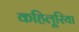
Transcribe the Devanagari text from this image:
कहिलूरिया